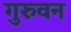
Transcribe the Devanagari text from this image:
गुरुवन